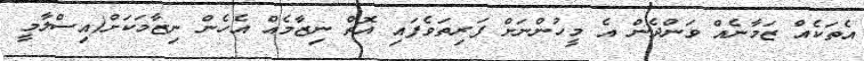
އެތަކެއް ޒަމާނެއް ވަންދެން އެ މީހުންނަށް ފަރިތަވެފައި އޮތް ނިޒާމެއް އެހެން ނިޒާމަކަށް(އިސްލާމީ